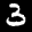
Label: 3